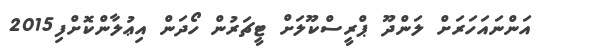
އަންނައަހަރަށް ލަންދޫ ޕްރީސްކޫލަށް ޓީޗަރުން ހޯދަން އިޢުލާންކޮށްފި2015